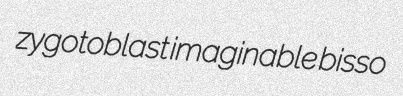
zygotoblast imaginable bisso